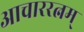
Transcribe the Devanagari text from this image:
आचाररत्नम्